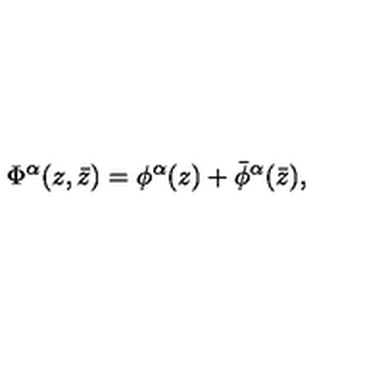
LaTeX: \Phi ^ { \alpha } ( z , \bar { z } ) = \phi ^ { \alpha } ( z ) + \bar { \phi } ^ { \alpha } ( \bar { z } ) ,